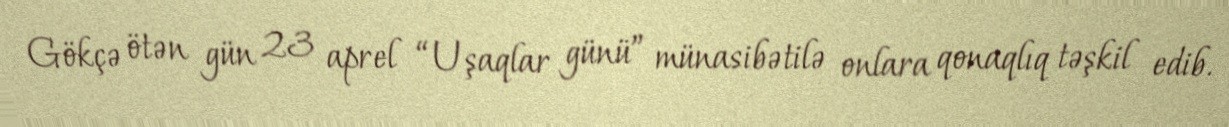
Gökçə ötən gün 23 aprel “Uşaqlar günü” münasibətilə onlara qonaqlıq təşkil edib.